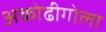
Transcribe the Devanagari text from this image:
अकोढीगोला